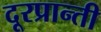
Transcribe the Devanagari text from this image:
दूरप्रान्ती